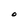
Character: O